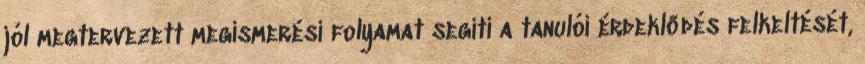
jól megtervezett megismerési folyamat segíti a tanulói érdeklődés felkeltését,